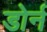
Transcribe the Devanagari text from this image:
डोर्न